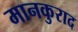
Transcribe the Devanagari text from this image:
मानकुराद